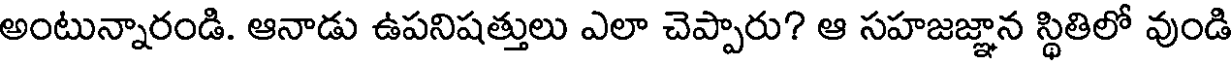
అంటున్నారండి. ఆనాడు ఉపనిషత్తులు ఎలా చెప్పారు? ఆ సహజజ్ఞాన స్థితిలో వుండి